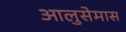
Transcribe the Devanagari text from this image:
आलुसेमास